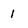
Character: 1